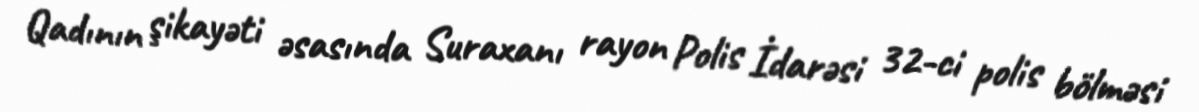
Qadının şikayəti əsasında Suraxanı rayon Polis İdarəsi 32-ci polis bölməsi